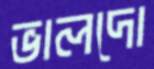
ভালদো